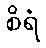
စိရံ